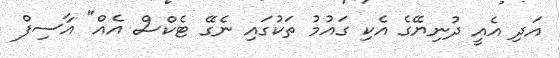
އަދި އެއީ ދުނިޔޭގެ އެކި ގައުމު ތަކުގައި ނެގޭ ޓެކްސް އެއް" އާސިފް